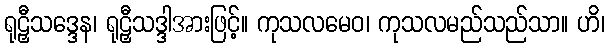
ရုဠှီသဒ္ဒေန၊ ရုဠှီသဒ္ဒါအားဖြင့်။ ကုသလမေဝ၊ ကုသလမည်သည်သာ။ ဟိ၊